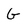
Character: G